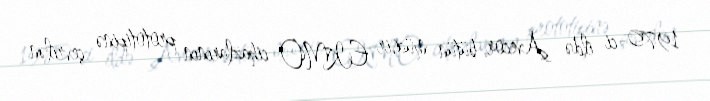
1970-ci ildə Avecor, bütün müasir EKMO cihazlarının prototipinə çevrilən